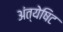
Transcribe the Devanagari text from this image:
अंत्येषिट